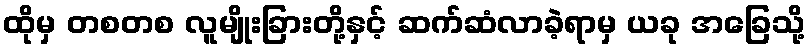
ထိုမှ တစတစ လူမျိုးခြားတို့နှင့် ဆက်ဆံလာခဲ့ရာမှ ယခု အခြေသို့